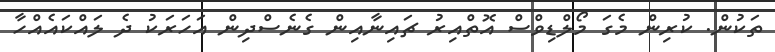
ތަކުން. ކުރިން މެގަ މޯލްޑިވްސް އޮތްއިރު ޗައިނާއިން ގެނެސްދިން އަހަރަކު ދެ ލައްކައެއްހާ